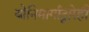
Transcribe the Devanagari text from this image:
योनिमार्गाद्वारेही